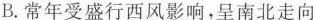
B.常年受盛行西风影响，呈南北走向